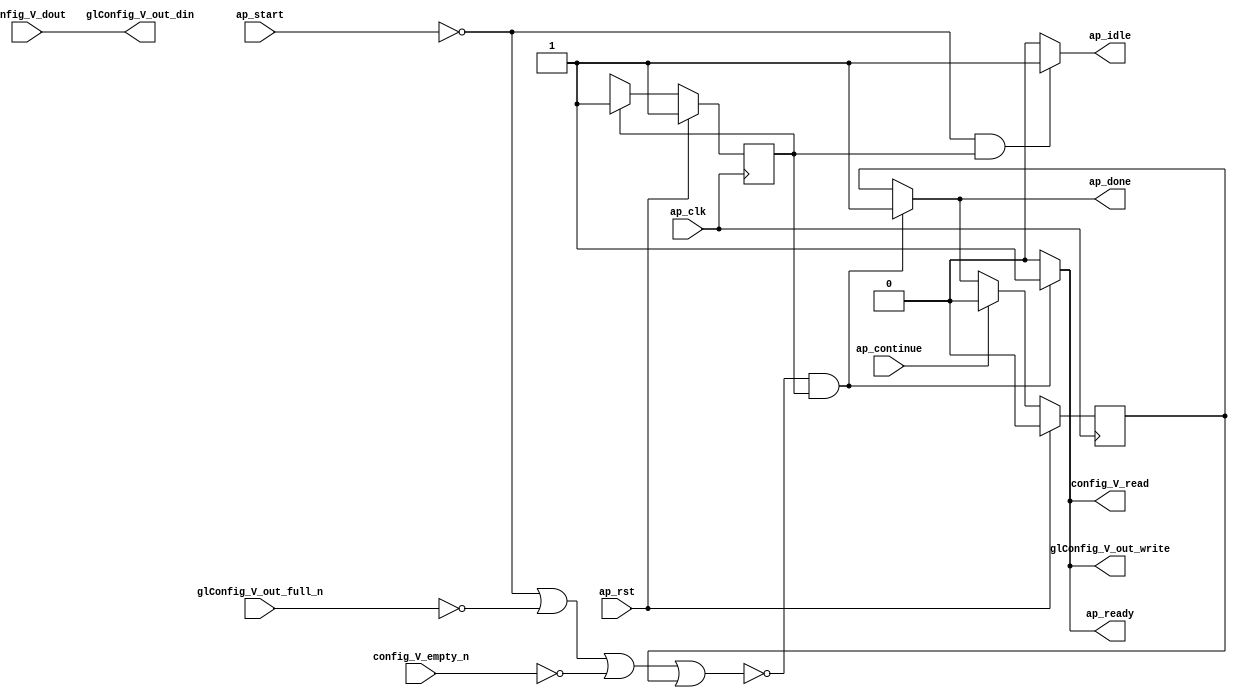
// ==============================================================
// RTL generated by Vivado(TM) HLS - High-Level Synthesis from C, C++ and SystemC
// Version: 2018.1
// Copyright (C) 1986-2018 Xilinx, Inc. All Rights Reserved.
// 
// ===========================================================

`timescale 1 ns / 1 ps 

module SFAST_Block_proc (
        ap_clk,
        ap_rst,
        ap_start,
        ap_done,
        ap_continue,
        ap_idle,
        ap_ready,
        config_V_dout,
        config_V_empty_n,
        config_V_read,
        glConfig_V_out_din,
        glConfig_V_out_full_n,
        glConfig_V_out_write
);

parameter    ap_ST_fsm_state1 = 1'd1;

input   ap_clk;
input   ap_rst;
input   ap_start;
output   ap_done;
input   ap_continue;
output   ap_idle;
output   ap_ready;
input  [31:0] config_V_dout;
input   config_V_empty_n;
output   config_V_read;
output  [31:0] glConfig_V_out_din;
input   glConfig_V_out_full_n;
output   glConfig_V_out_write;

reg ap_done;
reg ap_idle;
reg ap_ready;
reg config_V_read;
reg glConfig_V_out_write;

reg    ap_done_reg;
(* fsm_encoding = "none" *) reg   [0:0] ap_CS_fsm;
wire    ap_CS_fsm_state1;
reg    config_V_blk_n;
reg    glConfig_V_out_blk_n;
reg    ap_block_state1;
reg   [0:0] ap_NS_fsm;

// power-on initialization
initial begin
#0 ap_done_reg = 1'b0;
#0 ap_CS_fsm = 1'd1;
end

always @ (posedge ap_clk) begin
    if (ap_rst == 1'b1) begin
        ap_CS_fsm <= ap_ST_fsm_state1;
    end else begin
        ap_CS_fsm <= ap_NS_fsm;
    end
end

always @ (posedge ap_clk) begin
    if (ap_rst == 1'b1) begin
        ap_done_reg <= 1'b0;
    end else begin
        if ((ap_continue == 1'b1)) begin
            ap_done_reg <= 1'b0;
        end else if ((~((ap_start == 1'b0) | (glConfig_V_out_full_n == 1'b0) | (config_V_empty_n == 1'b0) | (ap_done_reg == 1'b1)) & (1'b1 == ap_CS_fsm_state1))) begin
            ap_done_reg <= 1'b1;
        end
    end
end

always @ (*) begin
    if ((~((ap_start == 1'b0) | (glConfig_V_out_full_n == 1'b0) | (config_V_empty_n == 1'b0) | (ap_done_reg == 1'b1)) & (1'b1 == ap_CS_fsm_state1))) begin
        ap_done = 1'b1;
    end else begin
        ap_done = ap_done_reg;
    end
end

always @ (*) begin
    if (((ap_start == 1'b0) & (1'b1 == ap_CS_fsm_state1))) begin
        ap_idle = 1'b1;
    end else begin
        ap_idle = 1'b0;
    end
end

always @ (*) begin
    if ((~((ap_start == 1'b0) | (glConfig_V_out_full_n == 1'b0) | (config_V_empty_n == 1'b0) | (ap_done_reg == 1'b1)) & (1'b1 == ap_CS_fsm_state1))) begin
        ap_ready = 1'b1;
    end else begin
        ap_ready = 1'b0;
    end
end

always @ (*) begin
    if ((1'b1 == ap_CS_fsm_state1)) begin
        config_V_blk_n = config_V_empty_n;
    end else begin
        config_V_blk_n = 1'b1;
    end
end

always @ (*) begin
    if ((~((ap_start == 1'b0) | (glConfig_V_out_full_n == 1'b0) | (config_V_empty_n == 1'b0) | (ap_done_reg == 1'b1)) & (1'b1 == ap_CS_fsm_state1))) begin
        config_V_read = 1'b1;
    end else begin
        config_V_read = 1'b0;
    end
end

always @ (*) begin
    if ((1'b1 == ap_CS_fsm_state1)) begin
        glConfig_V_out_blk_n = glConfig_V_out_full_n;
    end else begin
        glConfig_V_out_blk_n = 1'b1;
    end
end

always @ (*) begin
    if ((~((ap_start == 1'b0) | (glConfig_V_out_full_n == 1'b0) | (config_V_empty_n == 1'b0) | (ap_done_reg == 1'b1)) & (1'b1 == ap_CS_fsm_state1))) begin
        glConfig_V_out_write = 1'b1;
    end else begin
        glConfig_V_out_write = 1'b0;
    end
end

always @ (*) begin
    case (ap_CS_fsm)
        ap_ST_fsm_state1 : begin
            ap_NS_fsm = ap_ST_fsm_state1;
        end
        default : begin
            ap_NS_fsm = 'bx;
        end
    endcase
end

assign ap_CS_fsm_state1 = ap_CS_fsm[32'd0];

always @ (*) begin
    ap_block_state1 = ((ap_start == 1'b0) | (glConfig_V_out_full_n == 1'b0) | (config_V_empty_n == 1'b0) | (ap_done_reg == 1'b1));
end

assign glConfig_V_out_din = config_V_dout;

endmodule //Block_proc